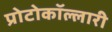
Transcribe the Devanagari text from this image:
प्रोटोकॉल्लारी